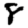
Digit: 8